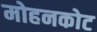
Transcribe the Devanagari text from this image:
मोहनकोट